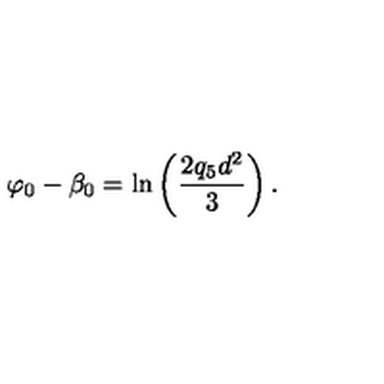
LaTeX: \varphi _ { 0 } - \beta _ { 0 } = \ln \left( \frac { 2 q _ { 5 } d ^ { 2 } } { 3 } \right) .